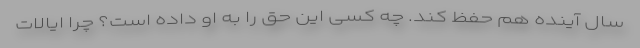
سال آینده هم حفظ کند. چه کسی این حق را به او داده است؟ چرا ایالات